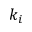
k _ { i }